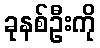
ခုနစ်ဦးကို